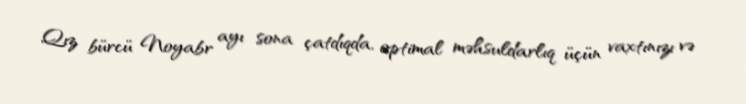
Qız bürcü Noyabr ayı sona çatdıqda, optimal məhsuldarlıq üçün vaxtınızı və